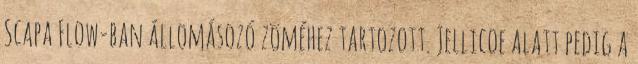
Scapa Flow-ban állomásozó zöméhez tartozott. Jellicoe alatt pedig a